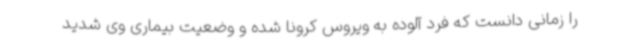
را زمانی دانست که فرد آلوده به ویروس کرونا شده و وضعیت بیماری وی شدید